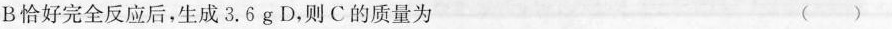
B恰好完全反应后，生成3.6g D，则C的质量为()